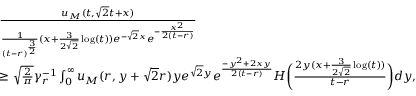
\begin{array} { r l } & { \frac { u _ { M } ( t , \sqrt { 2 } t + x ) } { \frac { 1 } { ( t - r ) ^ { \frac { 3 } { 2 } } } ( x + \frac { 3 } { 2 \sqrt { 2 } } \log ( t ) ) e ^ { - \sqrt { 2 } x } e ^ { - \frac { x ^ { 2 } } { 2 ( t - r ) } } } } \\ & { \geq \sqrt { \frac { 2 } { \pi } } \gamma _ { r } ^ { - 1 } \int _ { 0 } ^ { \infty } u _ { M } ( r , y + \sqrt { 2 } r ) y e ^ { \sqrt { 2 } y } e ^ { \frac { - y ^ { 2 } + 2 x y } { 2 ( t - r ) } } H \biggl ( \frac { 2 y ( x + \frac { 3 } { 2 \sqrt { 2 } } \log ( t ) ) } { t - r } \biggr ) d y , } \end{array}